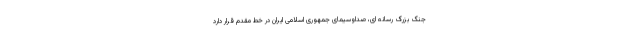
جنگ بزرگ رسانه ای، صداوسیمای جمهوری اسلامی ایران در خط مقدم قرار دارد